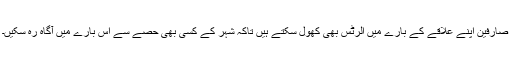
صارفین اپنے علاقے کے بارے میں الرٹس بھی کھول سکتے ہیں تاکہ شہر کے کسی بھی حصے سے اس بارے میں آگاہ رہ سکیں۔